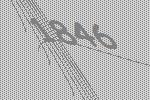
1846